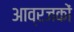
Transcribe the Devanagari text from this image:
आव्रजकों